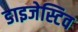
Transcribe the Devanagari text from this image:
डाइजेस्टिव